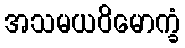
အသမယဝိမောက္ခံ